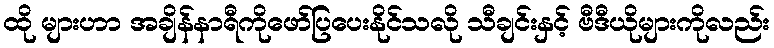
ထို များဟာ အချိန်နာရီကိုဖော်ပြပေးနိုင်သလို သီချင်းနှင့် ဗီဒီယိုများကိုလည်း